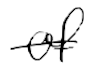
Text: of
Cross-out: single-line
Writing tool: digital_black